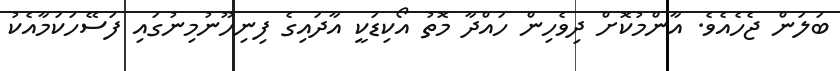
ބަލަން ޖެހެއެވެ. އާންމުކޮށް ދިވެހިން ހައްދާ މޮތު އޯކިޑަކީ އާދައިގެ ފިނިހޫނުމިނުގައި ފަސޭހަކަމާއެކު